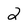
Character: 2